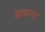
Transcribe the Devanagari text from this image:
बल्बना